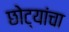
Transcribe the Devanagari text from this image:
छोट्यांचा